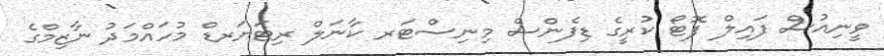
ވީނިއުސް ފައިލް ފޮޓޯ ކުރީގެ ޑިފެންސް މިނިސްޓަރ ކާނަލް ރިޓަޔަރޑް މުހައްމަދު ނާޒިމްގެ